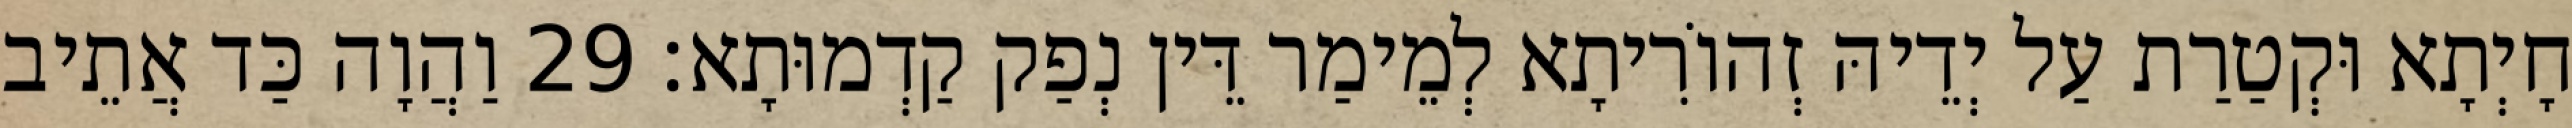
חָיְתָא וּקְטַרַת עַל יְדֵיהּ זְהוֹרִיתָא לְמֵימַר דֵּין נְפַק קַדְמוּתָא׃ 29 וַהֲוָה כַּד אֲתֵיב